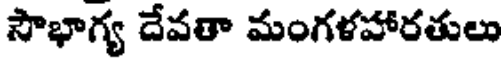
సౌభాగ్య దేవతా మంగళహారతులు